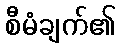
စီမံချက်၏